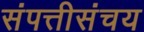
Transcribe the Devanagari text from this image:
संपत्तीसंचय